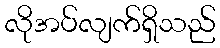
လိုအပ်လျက်ရှိသည်